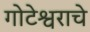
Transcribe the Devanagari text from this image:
गोटेश्वराचे